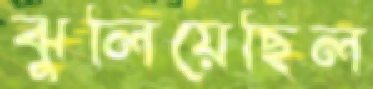
ঝুলিয়েছিল